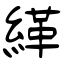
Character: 緙